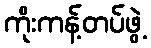
ကိုးကန့်တပ်ဖွဲ့